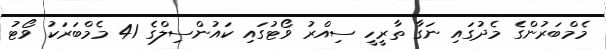
މެމްބަރުންގެ މެދުގައި ނަގާ ތާރީހީ ސިއްރު ވޯޓުގައި ކައުންސިލްގެ 41 މެމްބަރަކު ވޯޓު